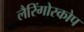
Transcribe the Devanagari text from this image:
लैरिंगोस्कोप